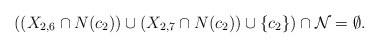
\begin{align*}\mbox{$((X_{2,6}\cap N(c_2))\cup (X_{2,7}\cap N(c_2))\cup\{c_2\})\cap {\cal N}=\emptyset$.}\end{align*}